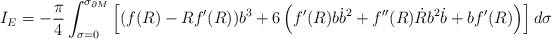
\begin{align*}I_{E} = - \frac{\pi}{4} \int_{\sigma = 0}^{\sigma_{\partial M}} \left[ ( f(R) - R f'(R)) b^{3} + 6 \left (f'(R) b \dot{b}^{2} + f''(R) \dot{R} b^{2} \dot{b} + b f'(R) \right )\right] d \sigma\end{align*}